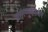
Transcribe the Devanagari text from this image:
वागणुकीवर